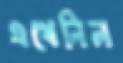
এথেনিল